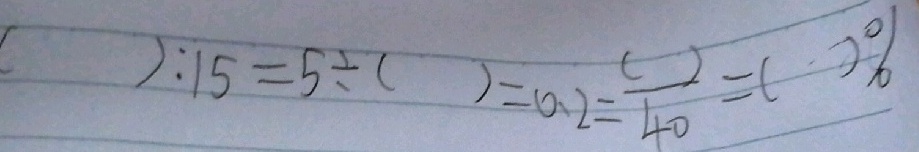
( ) : 1 5 = 5 \div ( ) = 0 . 2 = \frac { ( ) } { 4 0 } = ( ) \%